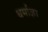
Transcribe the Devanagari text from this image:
धर्माज्ञा